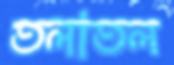
তলাতল